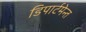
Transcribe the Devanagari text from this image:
डिपार्टमेन्त